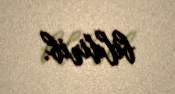
bildirib.